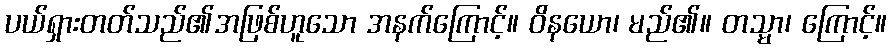
ပယ်ရှားတတ်သည်၏အဖြစ်ဟူသော အနက်ကြောင့်။ ဝိနယော၊ မည်၏။ တသ္မာ၊ ကြောင့်။